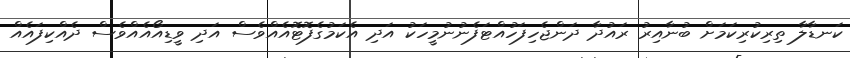
ކަނޑާލާ ތިރިކުރިކަމަށް ބުނާއިރު ރައުދާ ދަންޖެހިފަހުއްޓަފެނުނުމީހަކު އަދި އެކަމުގެފޮޓޮއެއްވެސް އަދި ވީޑިއޯއެއްވެސް ދެއްކިފައެއް